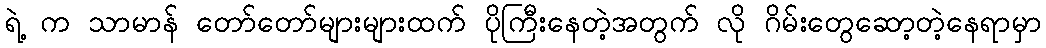
ရဲ့ က သာမာန် တော်တော်များများထက် ပိုကြီးနေတဲ့အတွက် လို ဂိမ်းတွေဆော့တဲ့နေရာမှာ